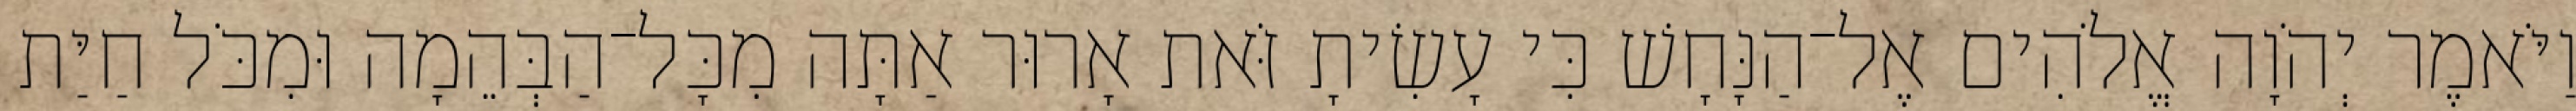
וַיֹּאמֶר יְהֹוָה אֱלֹהִים אֶל־הַנָּחָשׁ כִּי עָשִׂיתָ זֹּאת אָרוּר אַתָּה מִכָּל־הַבְּהֵמָה וּמִכֹּל חַיַּת